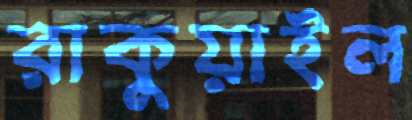
রাকুয়াইল